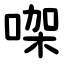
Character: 㗎